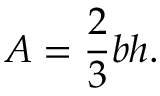
A = { \frac { 2 } { 3 } } b h .